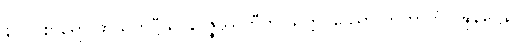
နာဂပစာရော ဖာသုကဋ္ဌီသု နုပ္ပဇ္ဇိဿတီတိ သတ္တဝဿော ကတွာတိ ဝဍ္ဎနဋ္ဌေန